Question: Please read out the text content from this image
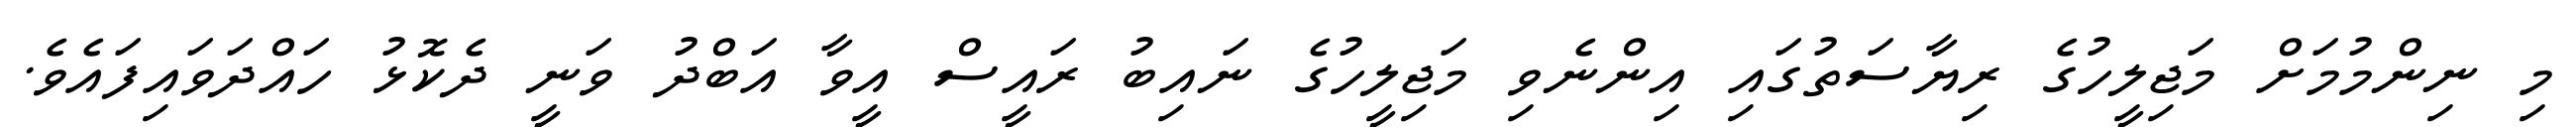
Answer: މި ނިންމުމަށް މަޖިލީހުގެ ރިޔާސަތުގައި އިންނެވި މަޖިލީހުގެ ނައިބު ރައީސް އީވާ އަބްދު ވަނީ ދެކޮޅު ހައްދަވައިފައެވެ.